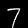
Label: 7